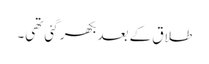
طلاق کے بعد بکھر گئی تھی۔